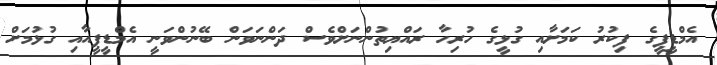
އެމްޑީޕީގެ ފިކުރު ކަމަށާއި ގުޅީގެ ހުރިހާ ރައްޔިތުންނަށްވެސް ދަންނަވަން ބޭނުންވަނީ އެމްޑީޕީއާއި ގުޅުމަށް